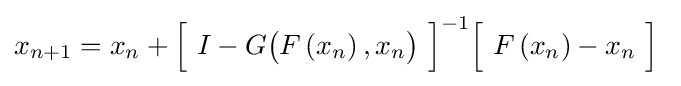
x_{n+1}=x_{n}+{\Bigl [}\ I-G{\bigl (}F\left(x_{n}\right),x_{n}{\bigr )}\ {\Bigr ]}^{-1}{\Bigl [}\ F\left(x_{n}\right)-x_{n}\ {\Bigr ]}\